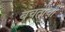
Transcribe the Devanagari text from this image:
बचतीची